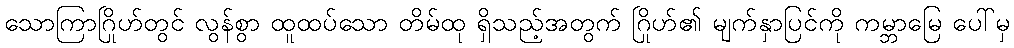
သောကြာဂြိုဟ်တွင် လွန်စွာ ထူထပ်သော တိမ်ထု ရှိသည့်အတွက် ဂြိုဟ်၏ မျက်နှာပြင်ကို ကမ္ဘာမြေ ပေါ်မှ